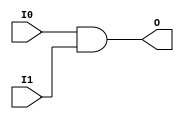
module and2_wrapped (
    input [1:0] I0,
    input [1:0] I1,
    output [1:0] O
);
assign O = I0 & I1;
endmodule